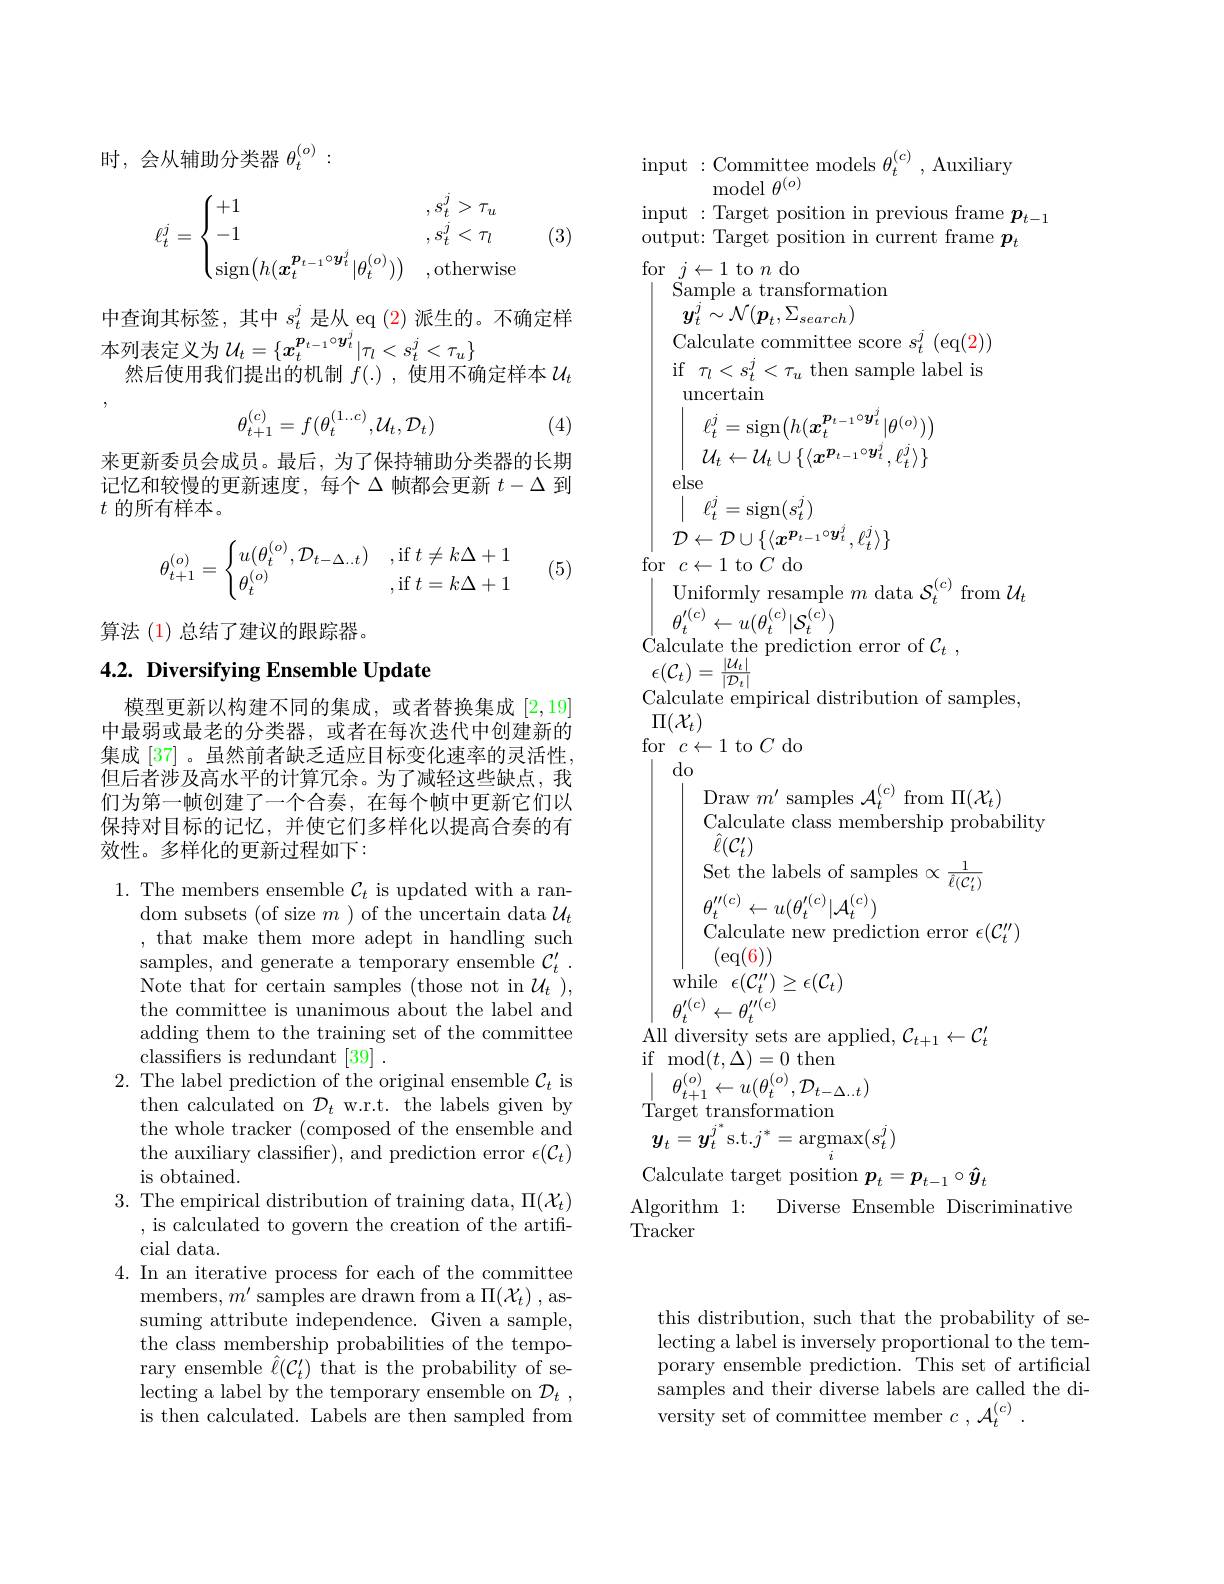
时，会从辅助分类器$\theta_t^{(o)}:$
$$\ell_t^j=\begin{cases}+1&,s_t^j>\tau_u\\-1&,s_t^j<\tau_l\\\operatorname{sign}\bigl(h(\boldsymbol{x}_t^{\boldsymbol{p}_{t-1}\circ\boldsymbol{y}_t^j}|\theta_t^{(o)})\bigr)&,\operatorname{otherwise}\end{cases}$$
(3)

中查询其标签，其中$s_t^j$是从 eq (2)派生的。不确定样
本列表定义为$\mathcal{U}_t=\{\boldsymbol{x}_t^{\boldsymbol{p}_{t-1}\circ\boldsymbol{y}_t^j}|\tau_l<s_t^j<\tau_u\}$
然后使用我们提出的机制$f(.),\bar{\text{使用不确定样本}U}_t$
$$\theta_{t+1}^{(c)}=f(\theta_t^{(1...c)},\mathcal{U}_t,\mathcal{D}_t)$$
(4)

来更新委员会成员。最后，为了保持辅助分类器的长期记忆和较慢的更新速度，每个$\Delta$帧都会更新$t-\Delta$到$t$的所有样本。
$$\theta_{t+1}^{(o)}=\begin{cases}u(\theta_t^{(o)},\mathcal{D}_{t-\Delta..t})&\text{,if}\:t\neq k\Delta+1\\\theta_t^{(o)}&\text{,if}\:t=k\Delta+1\end{cases}$$
(5)

算法 (1) 总结了建议的跟踪器。

## 4.2. Diversifying Ensemble Update

模型更新以构建不同的集成，或者替换集成[2,19] 中最弱或最老的分类器，或者在每次迭代中创建新的集成 [37] 。虽然前者缺乏适应目标变化速率的灵活性， 但后者涉及高水平的计算冗余。为了减轻这些缺点，我们为第一帧创建了一个合奏，在每个帧中更新它们以保持对目标的记忆，并使它们多样化以提高合奏的有效性。多样化的更新过程如下：

$1.{\text{ The members ensemble }\mathcal{C}}_t{\text{ is updated with a ran-}}$
$\operatorname{dom}$ subsets (of size $m$ ) of the uncertain data $\mathcal{U}_t$ , that make them more adept in handling such samples, and generate a temporary ensemble $\mathcal{C} _t^{\prime }$ . Note that for certain samples (those not in $\mathcal{U}_t)$, the committee is unanimous about the label and adding them to the training set of the committee classifers is redundant [39] .
$2.{\mathrm{~The~label~prediction~of~the~original~ensemble~}\mathcal{C}}_{t}{\mathrm{~is}}$
then calculated on $\mathcal{D}_t$ w.r.t. the labels given by the whole tracker (composed of the ensemble and the auxiliary classifier), and prediction error $\epsilon(\mathcal{C}_t)$ is obtained.
3. The empirical distribution of training data, $\Pi(\mathcal{X}_t)$
, is calculated to govern the creation of the artifi-
cial data.
4. In an iterative process for each of the committee
members, $m^{\prime }$ samples are drawn from a $\Pi(\mathcal{X}_t)$ , assuming attribute independence. Given a sample, the class membership probabilities of the temporary ensemble $\hat\ell(\mathcal{C}_t^{\prime})$ that is the probability of selecting a label by the temporary ensemble on $\mathcal{D} _t$ , is then calculated. Labels are then sampled from

input :Committee models $\theta_t^{(c)}$, Auxiliary
model $\theta^{(o)}$

input : Target position in previous frame $p_t-1$
output: Target position in current frame $\bar{\boldsymbol{p}_t}$
for $j\leftarrow1$ to $n$ do
${\mathrm{Sample~a~transformation}}$
$\boldsymbol{y}_t^j\sim\mathcal{N}(\boldsymbol{p}_t,\Sigma_{search})$
Calculate committee score $s_t^j$ (eq(2)) if $\tau_l<s_t^j<\tau_u$ then sample label is $\operatorname{uncertain}$
$\ell_{t}^{j}=\operatorname{sign}\big(h(\boldsymbol{x}_{t}^{\boldsymbol{p}_{t-1}\circ\boldsymbol{y}_{t}^{j}}|\theta^{(o)})\big)$ $\mathcal{U}_{t}\leftarrow\mathcal{U}_{t}\cup\{\langle\boldsymbol{x}^{\boldsymbol{p}_{t-1}\circ\boldsymbol{y}_{t}^{j}},\ell_{t}^{j}\rangle\}$
else
$\mid\ell_t^j=$sign$(s_t^j)$
$\mathcal{D}\leftarrow\mathcal{D}\cup\{\langle x^{\boldsymbol{p}_{t-1}\circ\boldsymbol{y}_t^j},\ell_t^j\rangle\}$
for $c\leftarrow1$ to $C$ do
Uniformly resample $m$ data $\mathcal S_t^{(c)}$ from $\mathcal{U}_t$
$\theta_{t}^{\prime(c)}\leftarrow u(\theta_{t}^{(c)}|\mathcal{S}_{t}^{(c)})$
$\overset {^{\prime }}{\operatorname* { \operatorname* { \operatorname* { Calculate the prediction error of } } } }\mathcal{C} _{t}$ ,
$\epsilon(\mathcal{C}_t)=\frac{|\mathcal{U}_t|}{|\mathcal{D}_t|}$
Calculate empirical distribution of samples,
$\Pi(\mathcal{X}_t)$
for $c\leftarrow1$ to $C$ do
$do$
Draw $m^\prime$ samples $\mathcal{A}_t^{(c)}$ from $\Pi(\mathcal{X}_t)$
Calculate class membership probability
$\hat{\ell}(\mathcal{C}_t^{\prime})$ Set the labels of samples $\propto \frac 1{\hat{\ell } ( \mathcal{C} _t^{\prime }) }$
$\theta_{t}^{\prime\prime(c)}\leftarrow u(\theta_{t}^{\prime(c)}|\mathcal{A}_{t}^{(c)})$
Calculate new prediction error $\epsilon(\mathcal{C}_t^{\prime\prime})$
$(\exp(6))$
while$\epsilon(\mathcal{C}_t^{\prime\prime})\geq\epsilon(\mathcal{C}_t)$
$\theta_{t}^{\prime(c)}\leftarrow\theta_{t}^{\prime\prime(c)}$
$\begin{array}{l}{\mathrm{All~diversity~sets~are~applied,~}}{\mathcal{C}}_{t+1}\leftarrow{\mathcal{C}}_{t}^{\prime}\end{array}$
${\mathrm{if~mod}}(t,\Delta)=0{\mathrm{~then}}$
$\theta_{t+1}^{(o)}\leftarrow u(\theta_{t}^{(o)},\mathcal{D}_{t-\Delta\ldots t})$
Target transformation
$\boldsymbol{y}_{t}=\boldsymbol{y}_{t}^{j^*}$s.t.$j^*=\operatorname{argmax}_i(s_t^j)$
Calculate target position $\boldsymbol p_t=\boldsymbol p_{t-1}\circ\hat{\boldsymbol{y}}_t$
Algorithm 1: Diverse Ensemble Discriminative
Tracker
this distribution, such that the probability of se-

lecting a label is inversely proportional to the temporary ensemble prediction. This set of artificial samples and their diverse labels are called the diversity set of committee member $c, \mathcal{A} _t^( c)$ .